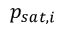
p _ { s a t , i }